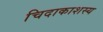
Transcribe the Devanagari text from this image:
चिदाकाशस्य